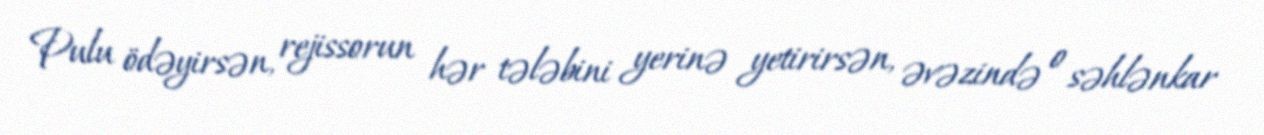
Pulu ödəyirsən, rejissorun hər tələbini yerinə yetirirsən, əvəzində o səhlənkar